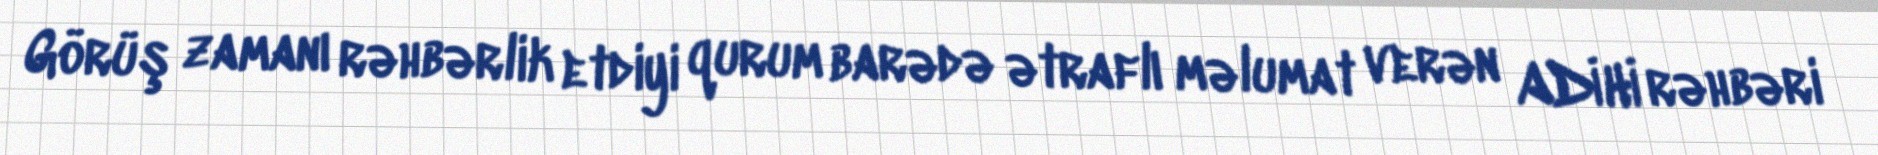
Görüş zamanı rəhbərlik etdiyi qurum barədə ətraflı məlumat verən ADİHİ rəhbəri